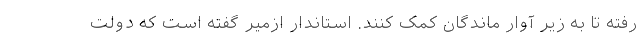
رفته تا به زیر آوار ماندگان کمک کنند. استاندار ازمیر گفته است که دولت